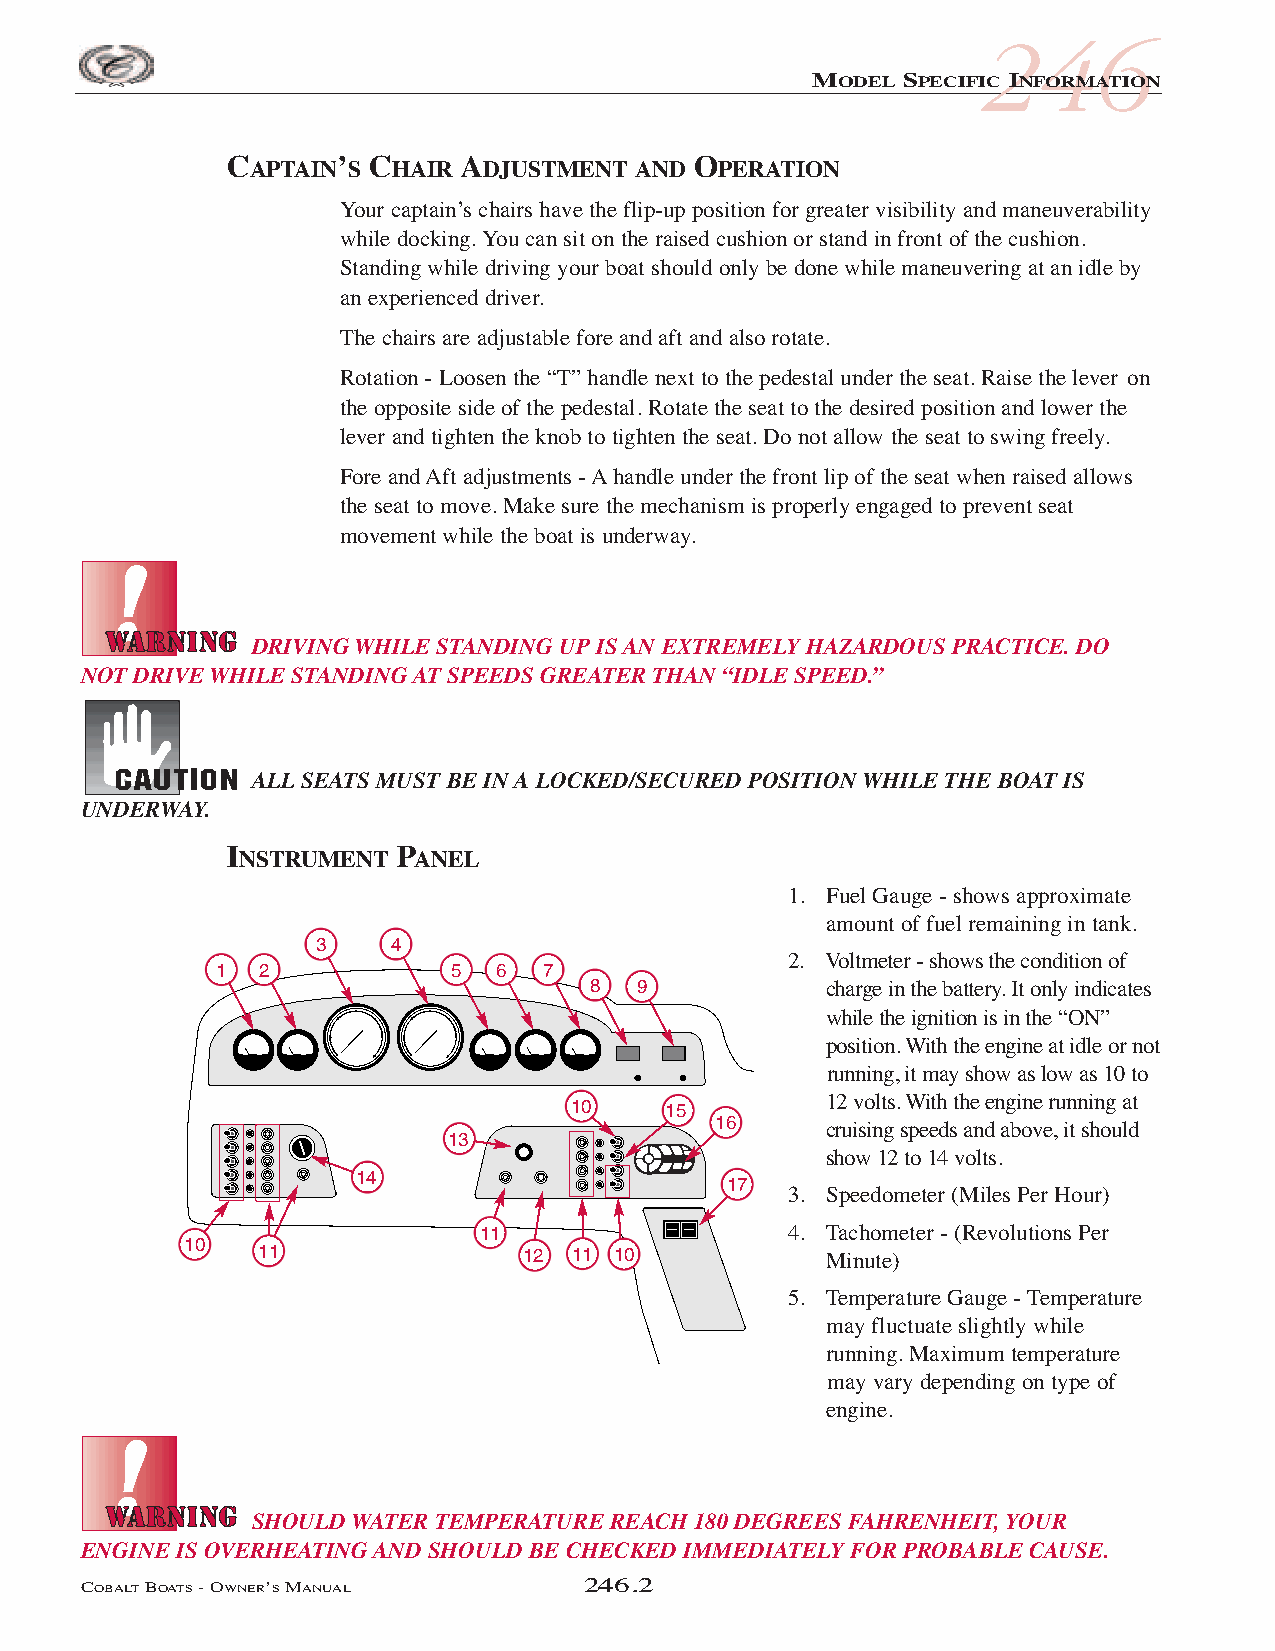
COB_05 Sect 246.qxd 3/18/05 9:25 AM Page 246.2
 246
 MODEL SPECIFIC INFORMATION
 CAPTAIN’S CHAIR ADJUSTMENT AND OPERATION
 Your captain’s chairs have the flip-up position for greater visibility and maneuverability
 while docking. You can sit on the raised cushion or stand in front of the cushion.
 Standing while driving your boat should only be done while maneuvering at an idle by
 an experienced driver.
 The chairs are adjustable fore and aft and also rotate.
 Rotation - Loosen the “T” handle next to the pedestal under the seat. Raise the lever on
 the opposite side of the pedestal. Rotate the seat to the desired position and lower the
 lever and tighten the knob to tighten the seat. Do not allow the seat to swing freely.
 Fore and Aft adjustments - Ahandle under the front lip of the seat when raised allows
 the seat to move. Make sure the mechanism is properly engaged to prevent seat
 movement while the boat is underway.
 DRIVING WHILE STANDING UP IS AN EXTREMELY HAZARDOUS PRACTICE. DO
 NOT DRIVE WHILE STANDING AT SPEEDS GREATER THAN “IDLE SPEED.”
 ALL SEATS MUST BE IN A LOCKED/SECURED POSITION WHILE THE BOAT IS
 UNDERWAY.
 INSTRUMENT  PANEL
 1. Fuel Gauge - shows approximate
 amount of fuel remaining in tank.
 3    4
 2. Voltmeter - shows the condition of
 1  2           5  6  7
 8   9           charge in the battery. It only indicates
 while the ignition is in the “ON”
 position. With the engine at idle or not
 running, it may show as low as 10 to
 12 volts. With the engine running at
 10    15
 16     cruising speeds and above, it should
 13
 show 12 to 14 volts.
 14
 17
 3. Speedometer (Miles Per Hour)
 11                   4. Tachometer - (Revolutions Per
 10
 11               12 11 10            Minute)
 5. Temperature Gauge - Temperature
 may fluctuate slightly while
 running. Maximum temperature
 may vary depending on type of
 engine.
 SHOULD WATER TEMPERATURE REACH 180 DEGREES FAHRENHEIT, YOUR
 ENGINE IS OVERHEATING AND SHOULD BE CHECKED IMMEDIATELY FOR PROBABLE CAUSE.
 COBALTBOATS- OWNER’SMANUAL       246.2